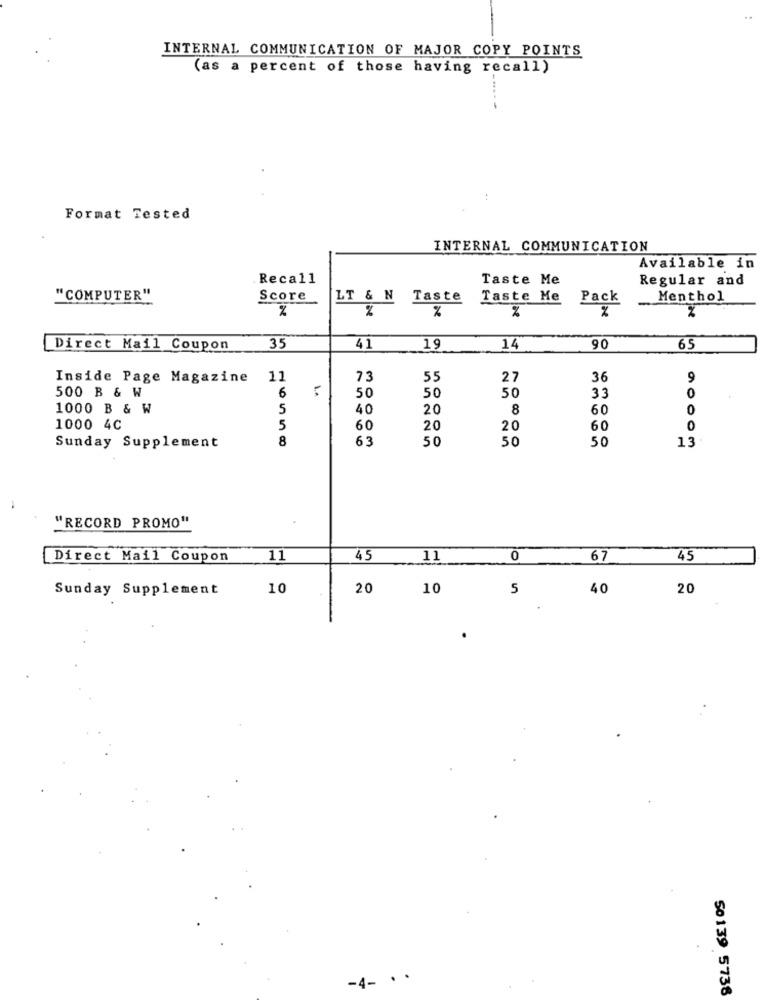
INTERNAL COMMUNICATION OF MAJOR COPY POINTS
(as a percent of those having recall)
Format Tested
INTERNAL COMMUNICATION
Available in
Recall
Taste Me
Regular and
"COMPUTER"
Score
LT & N Taste
Taste Me
Pack
Menthol
%
%
%
%
%
%
Direct Mail Coupon
35
41
19
14
90
65
Inside Page Magazine
11
73
55
27
36
9
50
50
0
500 B & W
6
50
33
1000 B & W
5
40
20
8
60
0
1000 4C
5
60
20
20
60
8
63
50
50
50
Sunday Supplement
-
"RECORD PROMO"
Direct Mail Coupon
11
45
11
0
67
45
Sunday Supplement
10
20
10
5
40
20
-4- ..
50139 5738